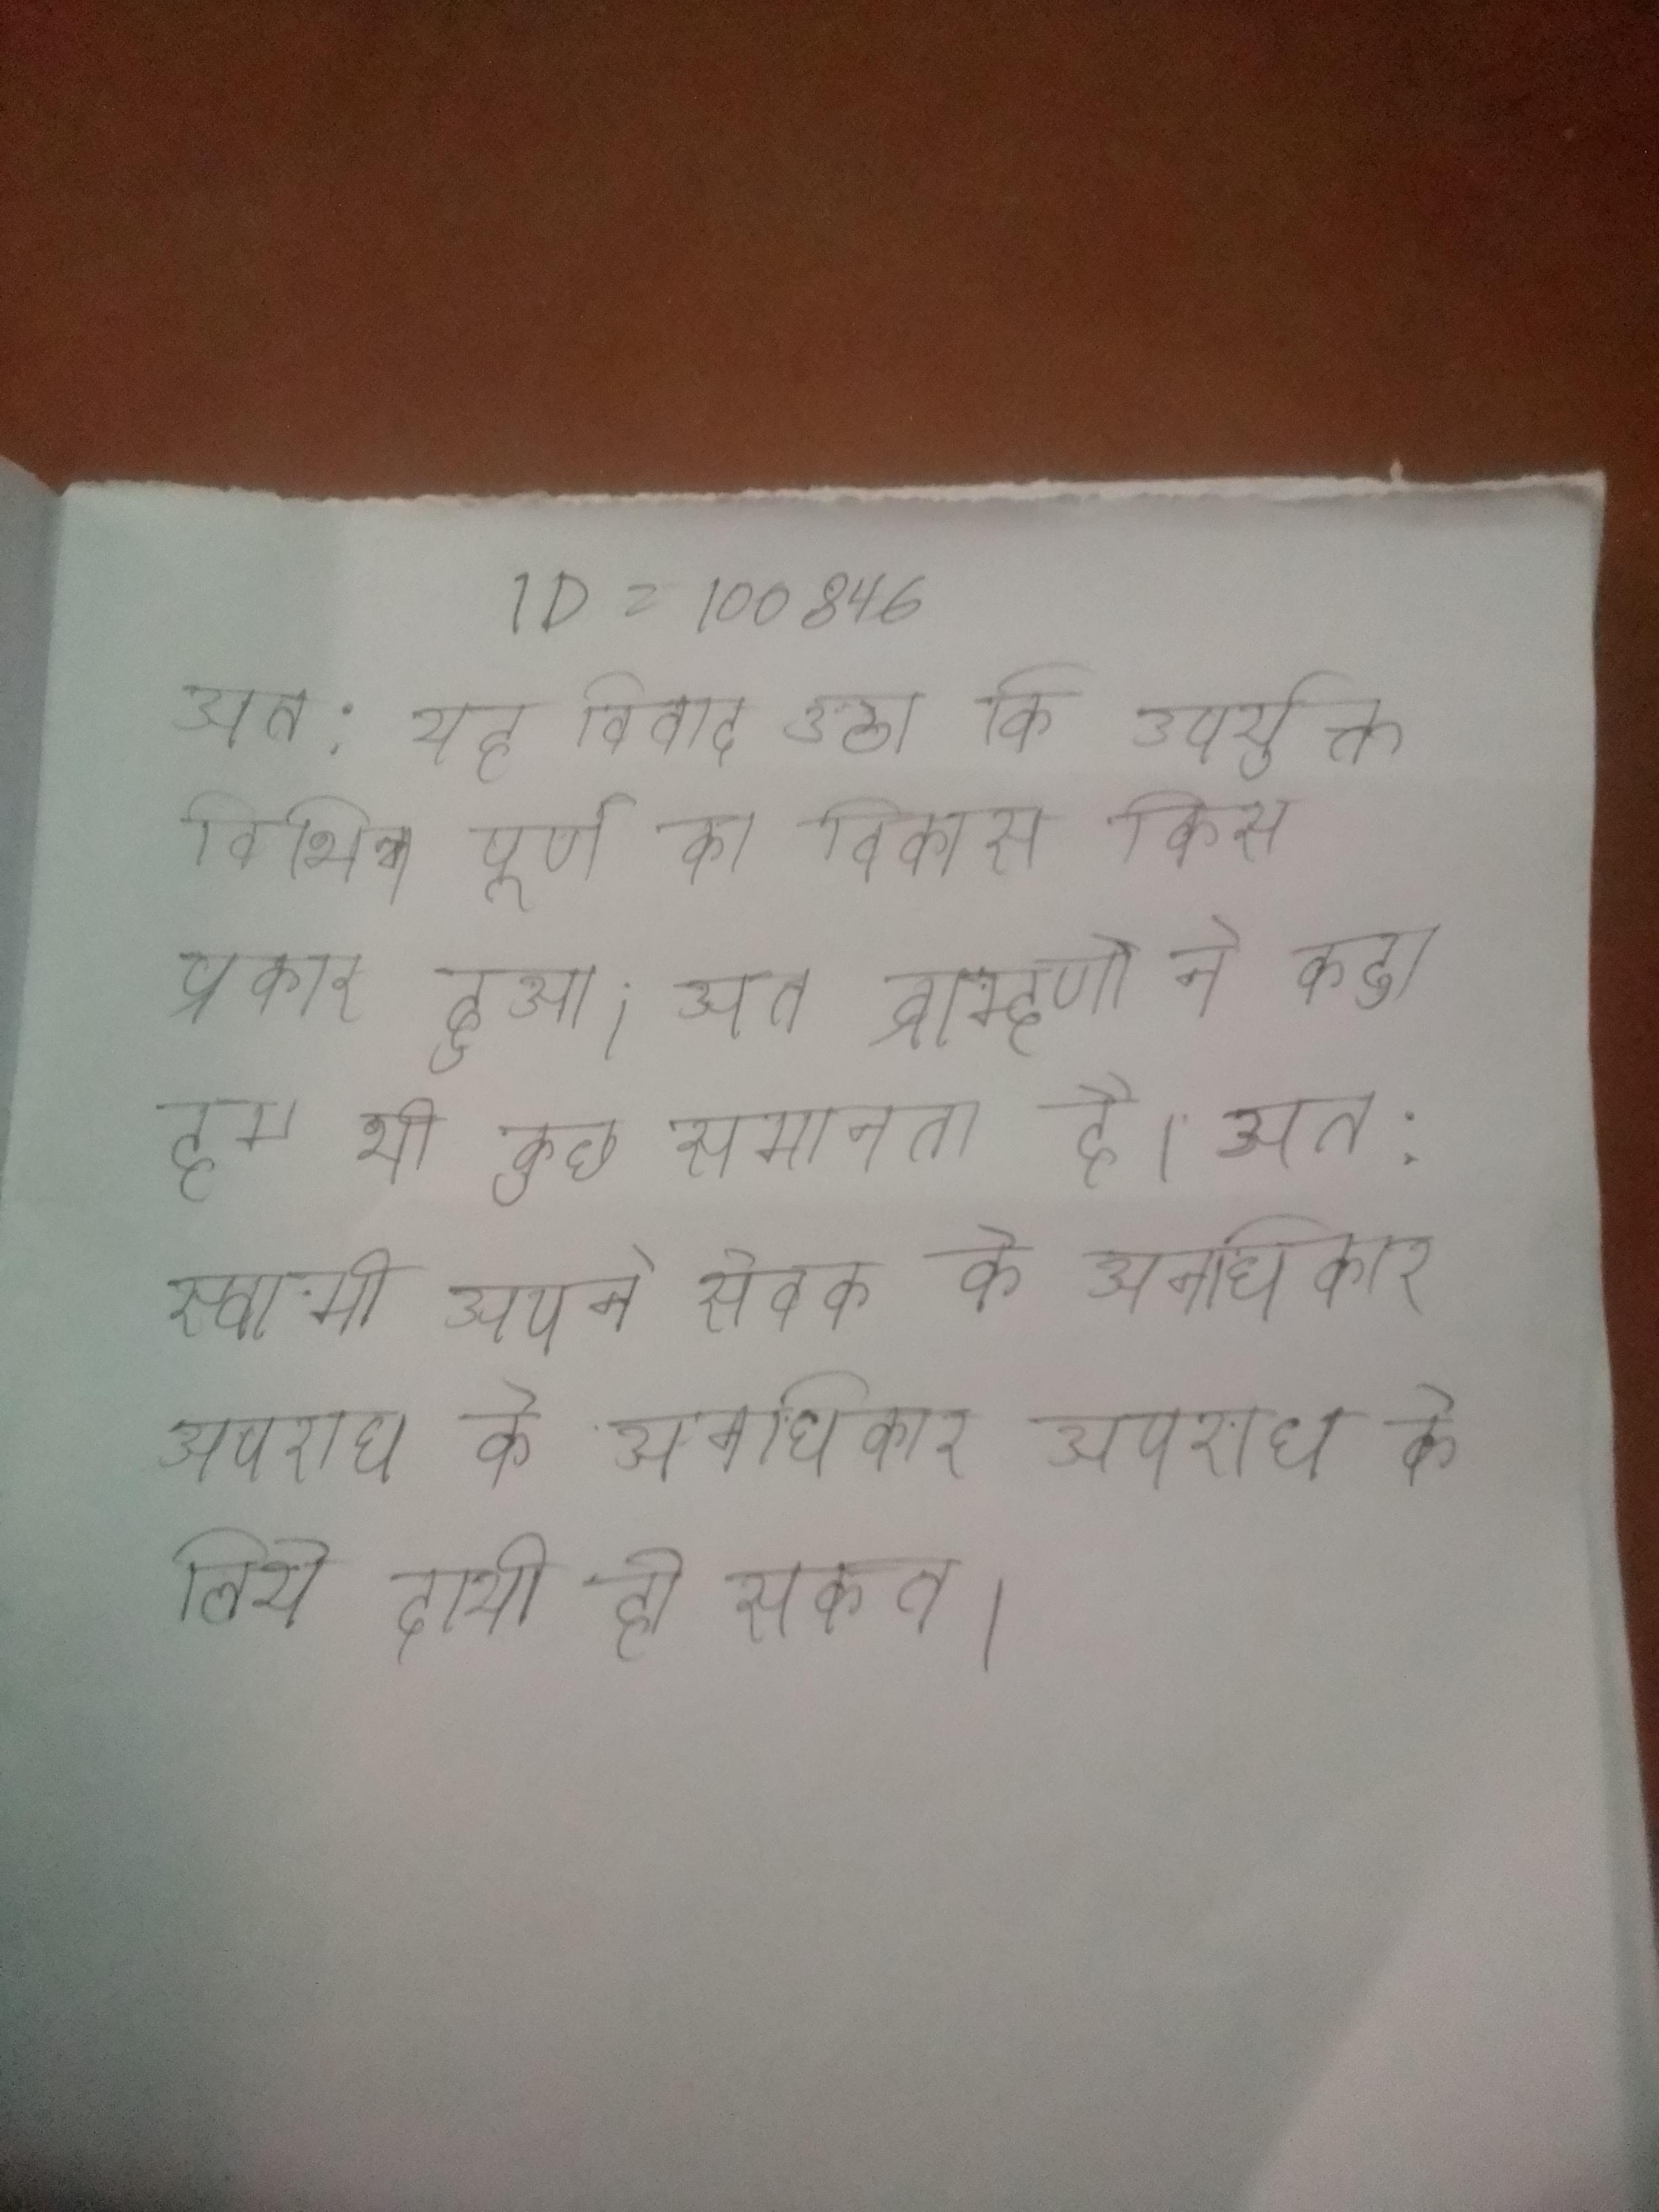
अत: यह विवाद उठा कि उपर्युक्त विभिन्न पूर्ण का विकास किस प्रकार हुआ । अत ब्राम्हणौ ने कहा हम भी आपके की पूजा कर सूखी प्रसन्न । अत: और की रचना भी कुछ समानता है । अत: स्वामी अपने सेवक के अनधिकार अपराध के लिये दायी हो सकता ।